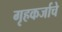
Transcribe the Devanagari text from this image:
गृहकर्जाचे